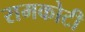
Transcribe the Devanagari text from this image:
रामकोटी